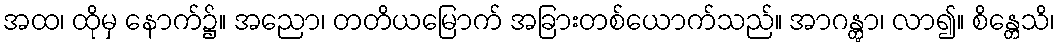
အထ၊ ထိုမှ နောက်၌။ အညော၊ တတိယမြောက် အခြားတစ်ယောက်သည်။ အာဂန္တွာ၊ လာ၍။ စိန္တေသိ၊